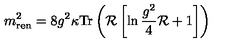
m _ { \mathrm { r e n } } ^ { 2 } = 8 g ^ { 2 } \kappa \mathrm { T r } \left( { \cal R } \left[ \ln \frac { g ^ { 2 } } { 4 } { \cal R } + 1 \right] \right)